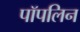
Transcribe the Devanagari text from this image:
पॉपलिन